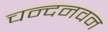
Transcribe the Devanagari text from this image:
चन्दनवन